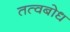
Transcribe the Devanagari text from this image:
तत्वबोध